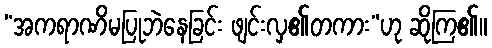
“အကရာဏိမပြုဘဲနေခြင်း ဖျင်းလှ၏တကား”ဟု ဆိုကြ၏။